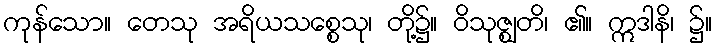
ကုန်သော။ တေသု အရိယသစ္စေသု၊ တို့၌။ ဝိသုဇ္ဈတိ၊ ၏။ ဣဒါနိ၊ ၌။